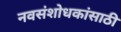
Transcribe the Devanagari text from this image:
नवसंशोधकांसाठी